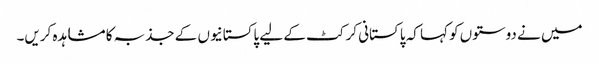
میں نے دوستوں کو کہا کہ پاکستانی کرکٹ کے لیے پاکستانیوں کے جذبہ کا مشاہدہ کریں۔